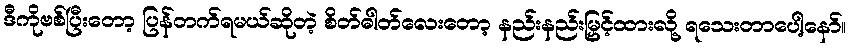
ဒီကိုဗစ်ပြီးတော့ ပြန်တက်ရမယ်ဆိုတဲ့ စိတ်ဓါတ်လေးတော့ နည်းနည်းမြှင့်ထားလို့ ရသေးတာပေါ့နော်။